Statistical return of the lunatic asylum in Assam - 1912-1932
Year: 1912
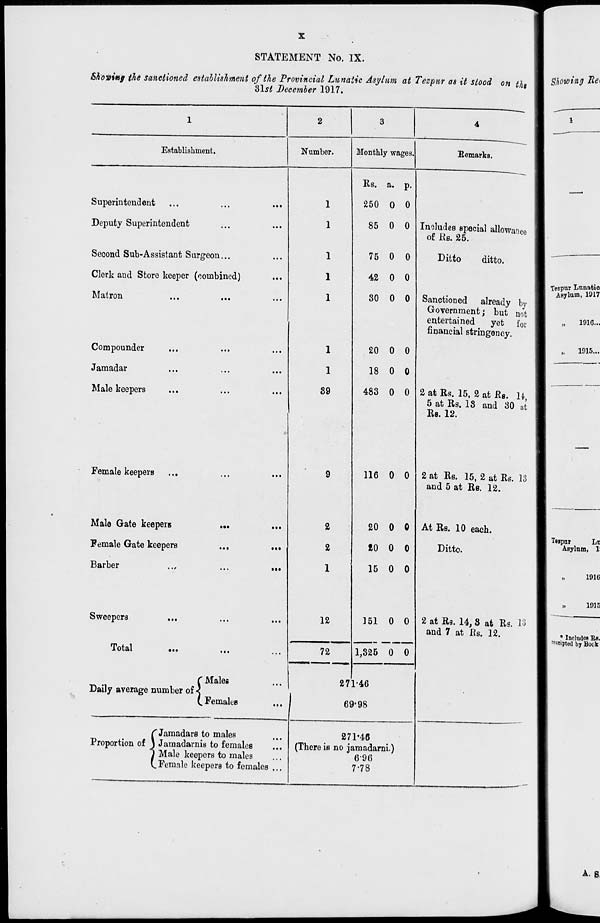
STATEMENT No. IX.
Sho$i*f the sanctioned establishment of the Provincial Lunatic Asylum at Tezpur as it stood on tht
'dlst December 1917.
Showing Re*
Establishment.
Number.
Superintendent
Deputy Superintendent
Second Sub-Assistant Surgeon...
Clerk aud Store keeper (combined)
Matron
Compounder
Jamadar
Male keepers
Female keepers
Male Gate keepers
Female Gate keepers
Barber
Sweepers
Total
C Males
Daily average number of <
(. Females
fJamadars to males
Proportion of \ Jamadarnis to females
I Male keepers to males
(.Female keepers to females ...
1
1
1
1
1
1
1
89
9
2
2
1
12
72
Monthly wages.
Eoraarka.
Rs. a. p.
250 0 0
85 0 0
75 0 0
42 0 0
30 0 0
20 0 0
18 0 0
483 0 0
Includes special allowance
of Rs. 25.
Ditto
ditto.
Sanctioned already by
Government; but not
entertained
yet for
financial stringency.
116 0 0
20 0 0
£0 0 0
15 0 0
2 at Rs. 15, 2 at R B . U,
5 at Rs. 18 and 30 at
Rs. 12.
151 0 0
1,325 0 0
2 at Rs. 15, 2 at Rs. 13
and 5 at Rs. 12.
At Rs. 10 each.
Ditto.
2 at R 3 . 14, 8 at Rs. 13
and 7 at Rs. 12.
271-46
69*98
271-46
(There is no jamadarni.)
696
7-78
Teipnr Lunatic
Asylum, 1917
1916...
1915...
Tegpur
LB
Asylnm, 1:
1916
1915
• Includes Bfl.
"■ ceipted by Book
A. B